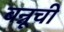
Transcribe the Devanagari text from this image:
बन्नूची